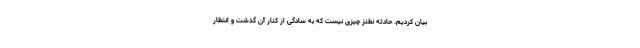
بیان کردیم. حادثه نطنز چیزی نیست که به سادگی از کنار آن گذشت و انتظار